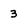
Character: 3